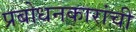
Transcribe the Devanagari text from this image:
प्रबोधनकारांची